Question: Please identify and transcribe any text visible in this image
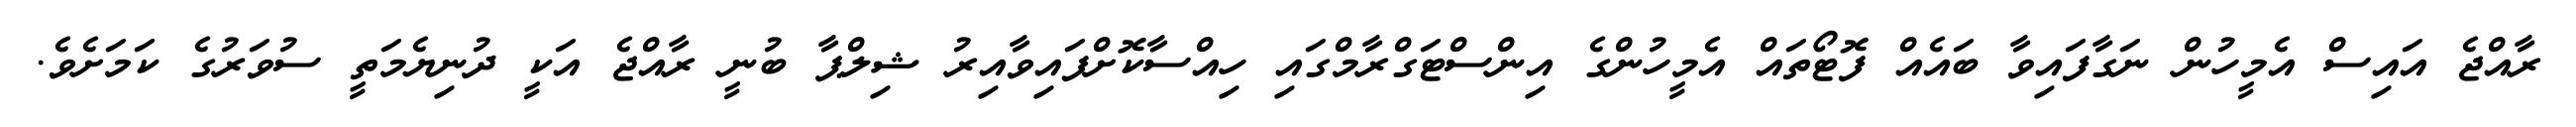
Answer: ރާއްޖެ އައިސް އެމީހުން ނަގާފައިވާ ބައެއް ފޮޓޯތައް އެމީހުންގެ އިންސްޓަގްރާމްގައި ހިއްސާކޮށްފައިވާއިރު ޝިލްޕާ ބުނީ ރާއްޖެ އަކީ ދުނިޔެމަތީ ސުވަރުގެ ކަމަށެވެ.